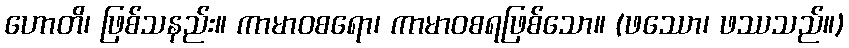
ဟောတိ၊ ဖြစ်သနည်း။ ကာမာဝစရော၊ ကာမာဝစရဖြစ်သော။ (ဖဿော၊ ဖဿသည်။)